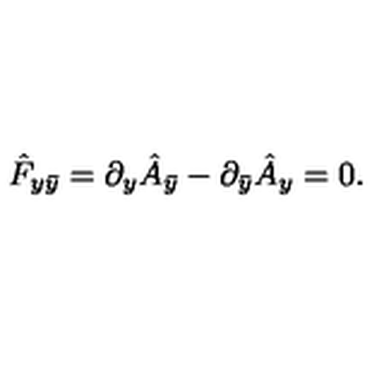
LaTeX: \hat { F } _ { y \bar { y } } = \partial _ { y } \hat { A } _ { \bar { y } } - \partial _ { \bar { y } } \hat { A } _ { y } = 0 .